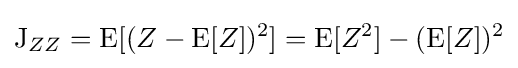
\operatorname {J} _{ZZ}=\operatorname {E} [(Z-\operatorname {E} [Z])^{2}]=\operatorname {E} [Z^{2}]-(\operatorname {E} [Z])^{2}